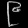
Digit: ၉